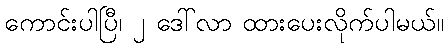
ကောင်းပါပြီ၊ ၂ ဒေါ်လာ ထားပေးလိုက်ပါမယ်။